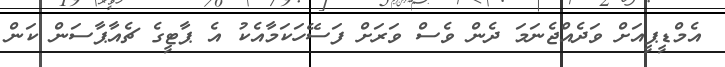
އެމްޑީޕީއަށް ވަދެއްޖެނަމަ ދެން ވެސް ވަރަށް ފަސޭހަކަމާއެކު އެ ޕާޓީގެ ޗެއާޕާސަން ކަން